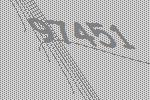
97451